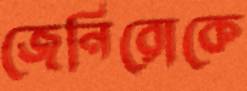
জেনিরোকে